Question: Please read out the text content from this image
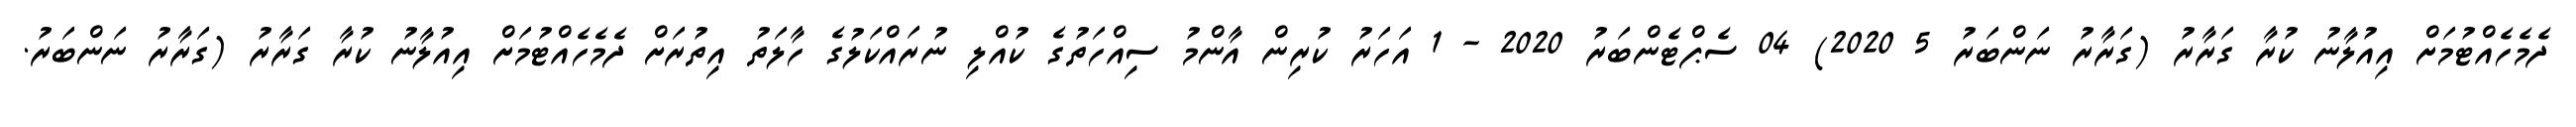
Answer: ދެމެހެއްޓުމަށް އިއުލާނު ކުރާ ގަރާރު (ގަރާރު ނަންބަރު 5 2020) 04 ސެޕްޓެންބަރު 2020 - 1 އަހަރު ކުރިން އާންމު ސިއްހަތުގެ ކުއްލި ނުރައްކަލުގެ ހާލަތު އިތުރަށް ދެމެހެއްޓުމަށް އިއުލާނު ކުރާ ގަރާރު (ގަރާރު ނަންބަރު.